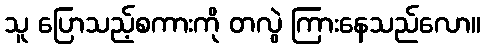
သူ ပြောသည့်စကားကို တလွဲ ကြားနေသည်လော။